Report of the Lahore Medical School Hospital
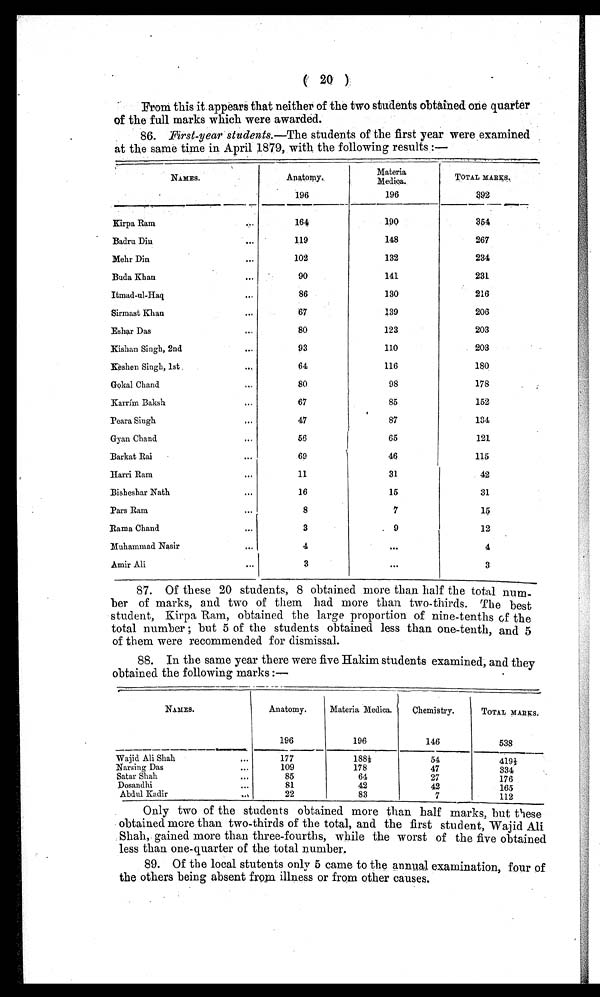
( 20 )
From this it appears that neither of the two students obtained one quarter
of the full marks which were awarded.
86. First-year students.—The students of the first year were examined
at the same time in April 1879, with the following results :—
NAMES.
Anatomy.
Materia
Medica.
TOTAL MARKS.
196
196
392
Kirpa Ram
. .
1 6 4
190
354
Badru Diu
. . .
119
148
267
Mehr Din
. . .
102
132
234
.
Buda Khan
. . .
90
141
231
Itmad-ul-Haq
. . .
86
130
216
Sirmast Khan
. . .
67
139
206
Eshar Das
. . .
80
123
203
Kishan Singh, 2nd
. . .
93
110
203
Keshen Singh, 1st
. . .
64
116
180
Gokal Chand
...
80
98
178
Karrím Baksh
. . .
67
85
152
Peara Singh
. . .
47
87
134
Gyan Chand
...
56
65
121
Barkat Rai
...
69
46
115
Harri Ram
...
11
31
42
Bisbeshar Nath
. . .
16
15
31
Pars Ram
. . .
8
7
15
Rama Chand
. . .
3
. 9
12
Muhammad Nasir
...
4
. . .
4
Amir Ali
3
. . .
3
87. Of these 20 students, 8 obtained more than. half the total num-
- b e r o f m a r k s , a n d t w o o f t h e m h a d m o r e t h a n t w o - t h i r d s . T h e b e s t
student, Kirpa Rain, obtained the large proportion of nine-tenths of the
total number ; but 5 of the students obtained less than one-tenth, and 5
of them were recommended for dismissal.
88. In the same year there were five Hakim students examined, and they
obtained the following marks :—
NAMES.
Anatomy.
Materia Medica.
Chemistry.
TOTAL MARKS.
196
196
146
538
Wajid Ali Shah
. . .
177
1 8 8 1 / 2
54
419 1/2
Narsing Das
109
178
47
334
Satar Shah
. . .
85
64
27
176
Dosandhi
. . .
81
42
42
165
Abdul Kadir
. . .
22
83
7
112
Only two of the students obtained more than half marks, but these
obtained more than two-thirds of the total, and the first student, Wajid Ali
Shah, gained more than three-fourths, while the worst of the five obtained
less than one-quarter of the total number.
89. Of the local stutents only 5 came to the annual examination, four of
the others being absent from illness or from other causes.